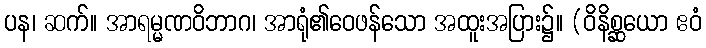
ပန၊ ဆက်။ အာရမ္မဏဝိဘာဂ၊ အာရုံ၏ဝေဖန်သော အထူးအပြား၌။ (ဝိနိစ္ဆယော ဧဝံ